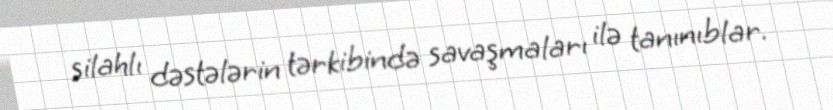
silahlı dəstələrin tərkibində savaşmaları ilə tanınıblar.